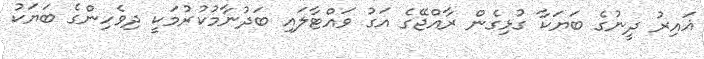
ޣައިރު ދީނުގެ ބަޔަކާ ގުޅިގެން ރާއްޖޭގެ އަގު ވައްޓާލައި ބަދުނާމުކުރުމަކީ ދިވެހިންގެ ބަޔަކު